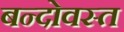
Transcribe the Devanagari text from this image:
बन्दोवस्त